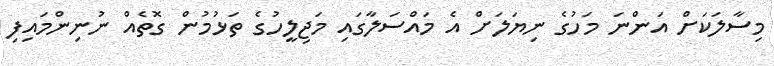
މިސާލަކަށް އަންނަ މަހުގެ ނިޔަލަށް އެ މައްސަލާގައި މަޖިލީހުގެ ތަޅުމުން ގޮތެއް ނުނިންމައިފި